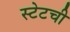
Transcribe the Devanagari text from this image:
स्टेटची